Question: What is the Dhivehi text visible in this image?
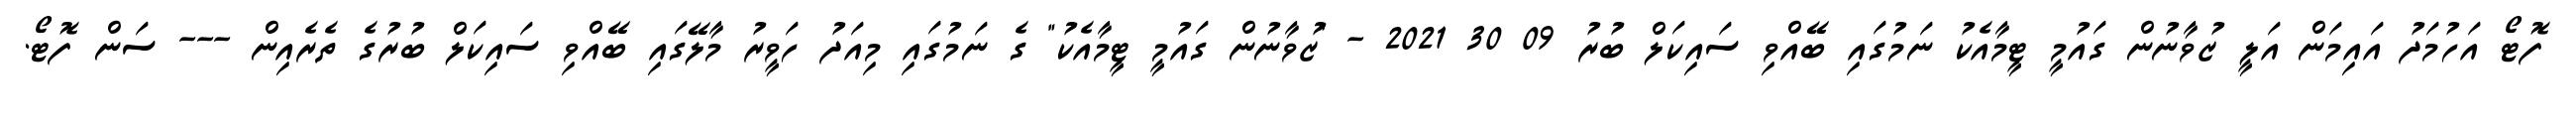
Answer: ފޮޓޯ އަހުމަދު އައިމަން އަލީ ޒުވާނުން ގައުމީ ޓީމާއެކު ނަމުގައި ބޭއްވި ސައިކަލް ބުރު 09 30 2021 - "ޒުވާނުން ގައުމީ ޓީމާއެކު" ގެ ނަމުގައި މިއަދު ހަވީރު މާލޭގައި ބޭއްވި ސައިކަލް ބުރުގެ ތެރެއިން --- ސަން ފޮޓޯ.